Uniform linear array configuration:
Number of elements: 8
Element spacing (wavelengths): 0.75
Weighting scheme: kaiser
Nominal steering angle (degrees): -45
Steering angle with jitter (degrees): -46.63
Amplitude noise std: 0.05
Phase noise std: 0.05

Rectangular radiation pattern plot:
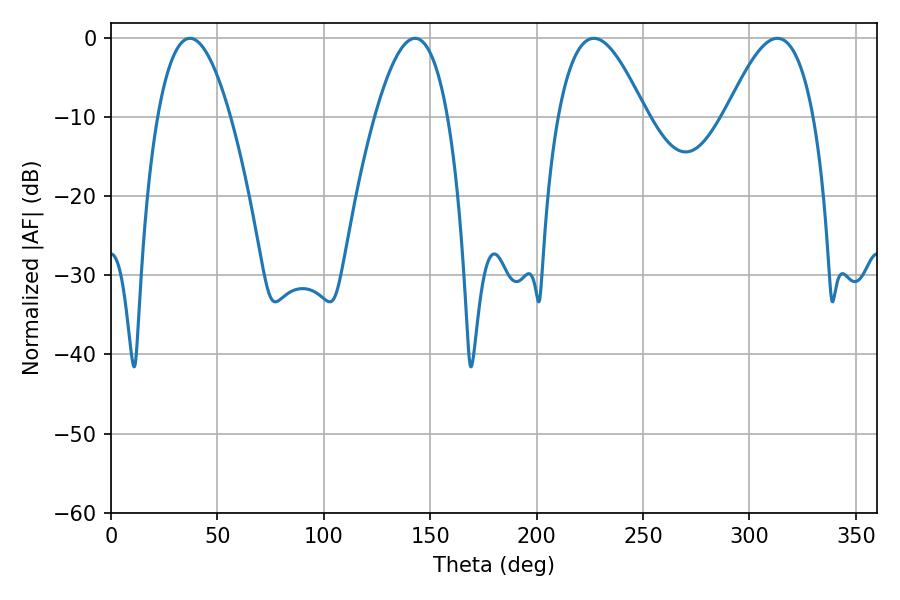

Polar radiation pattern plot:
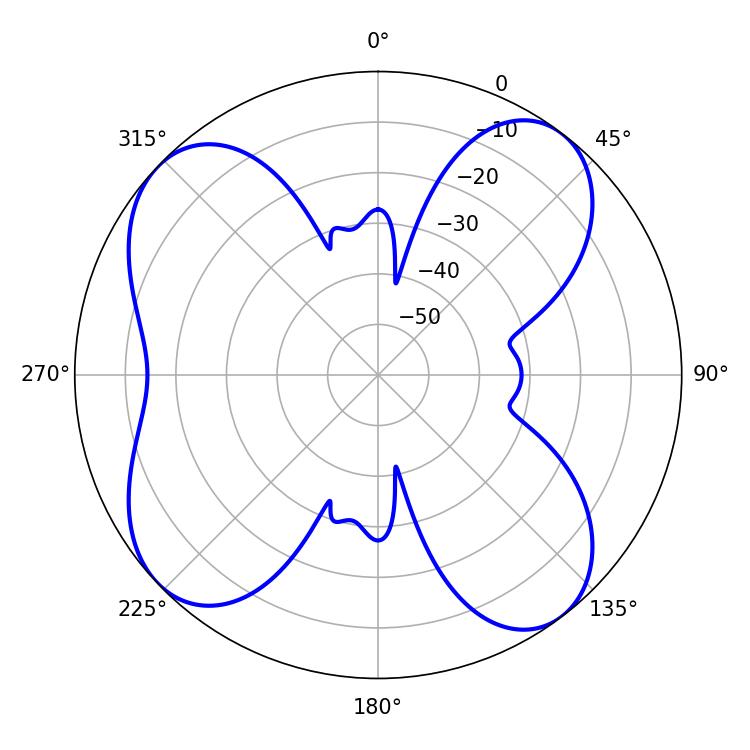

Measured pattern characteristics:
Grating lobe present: TRUE
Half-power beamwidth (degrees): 18.9
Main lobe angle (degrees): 142.92